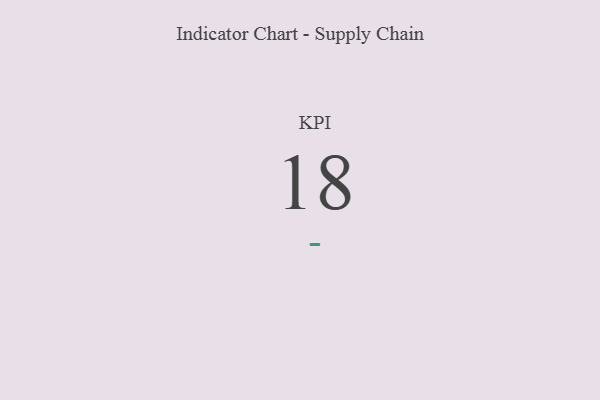
{"axis": {"x": "KPI", "y": "Value"}, "legend": [""], "data": [{"x": "KPI", "y": 18, "type": ""}]}